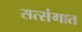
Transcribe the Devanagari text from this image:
सत्संगात